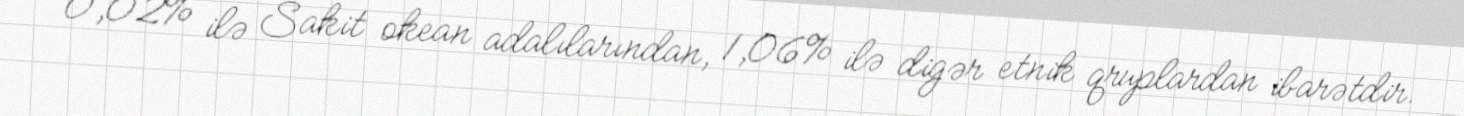
0,02% ilə Sakit okean adalılarından, 1,06% ilə digər etnik qruplardan ibarətdir.